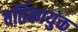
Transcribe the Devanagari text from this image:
वर्तिकायुक्त